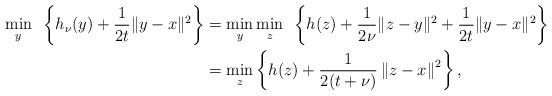
LaTeX: \begin{align*}\min_y~ \left\{h_{\nu}(y)+\frac{1}{2t}\|y-x\|^2\right\}&=\min_y\min_z~ \left\{h(z)+\frac{1}{2\nu}\|z-y\|^2+\frac{1}{2t}\|y-x\|^2\right\}\\&=\min_z \left\{h(z)+\frac{1}{2(t+\nu)}\left\|z-x\right\|^2\right\},\end{align*}